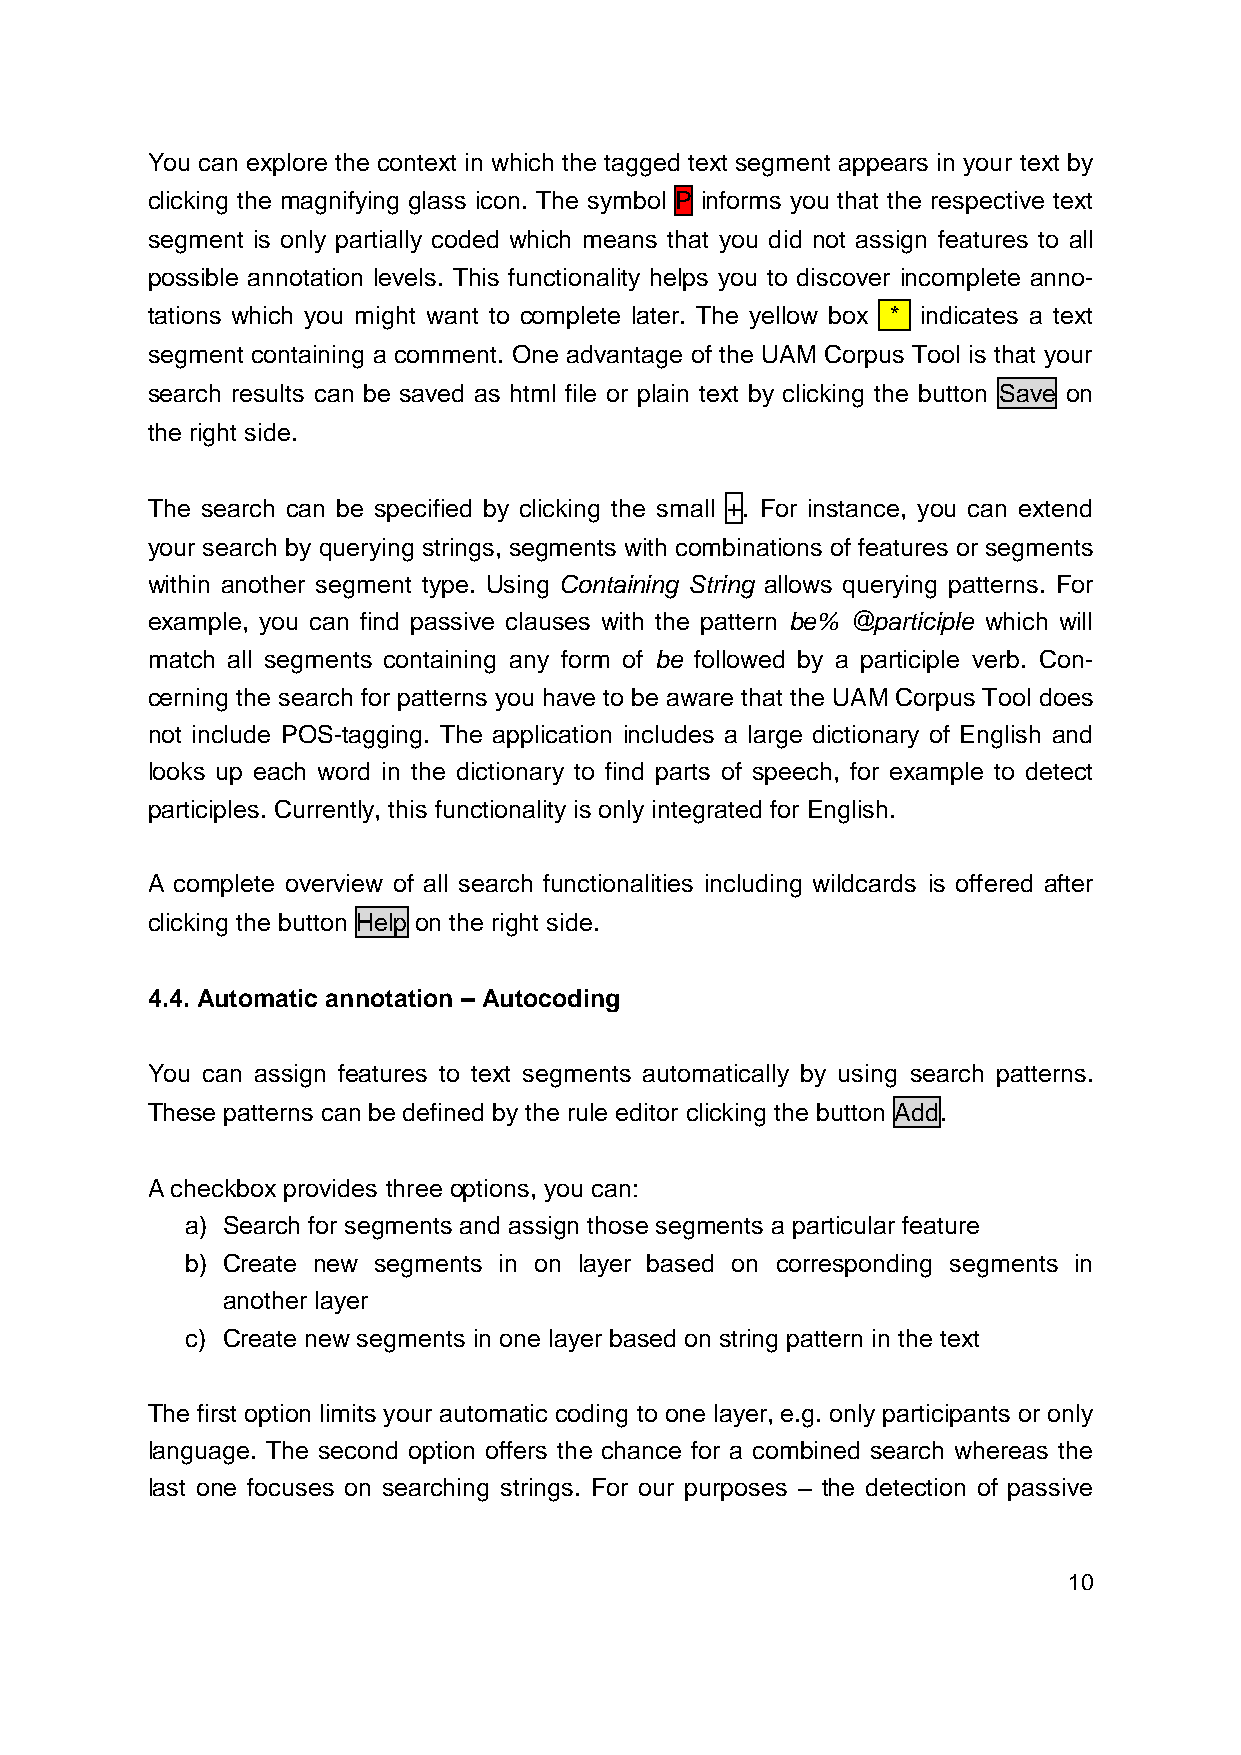
You can explore the context in which the tagged text segment appears in your text by
 clicking the magnifying glass icon. The symbol P informs you that the respective text
 segment is only partially coded which means that you did not assign features to all
 possible annotation levels. This functionality helps you to discover incomplete anno-
 tations which you might want to complete later. The yellow box * indicates a text
 segment containing a comment. One advantage of the UAM Corpus Tool is that your
 search results can be saved as html file or plain text by clicking the button Save on
 the right side.
 The search can be specified by clicking the small +. For instance, you can extend
 your search by querying strings, segments with combinations of features or segments
 within another segment type. Using Containing String allows querying patterns. For
 example, you can find passive clauses with the pattern be% @participle which will
 match all segments containing any form of be followed by a participle verb. Con-
 cerning the search for patterns you have to be aware that the UAM Corpus Tool does
 not include POS-tagging. The application includes a large dictionary of English and
 looks up each word in the dictionary to find parts of speech, for example to detect
 participles. Currently, this functionality is only integrated for English.
 A complete overview of all search functionalities including wildcards is offered after
 clicking the button Help on the right side.
 4.4. Automatic annotation – Autocoding
 You can assign features to text segments automatically by using search patterns.
 These patterns can be defined by the rule editor clicking the button Add.
 A checkbox provides three options, you can:
 a) Search for segments and assign those segments a particular feature
 b) Create new segments in on layer based on corresponding segments in
 another layer
 c) Create new segments in one layer based on string pattern in the text
 The first option limits your automatic coding to one layer, e.g. only participants or only
 language. The second option offers the chance for a combined search whereas the
 last one focuses on searching strings. For our purposes – the detection of passive
 10